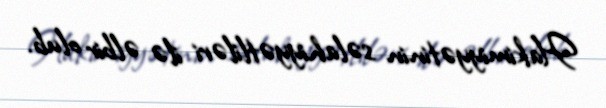
Hakimiyyətinin səlahiyyətliləri ilə əlbir olub.